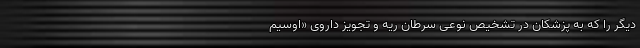
دیگر را که به پزشکان در تشخیص نوعی سرطان ریه و تجویز داروی «اوسیم